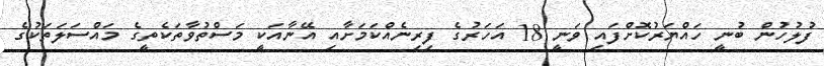
ފުލުހުން ބުނީ ހައްޔަރުކޮށްފައި ވަނީ 18 އަހަރުގެ ފިރިނެއްކަމަށާއި އޭނާއަކީ މަސްތުވާތަކެތީގެ މައްސަލަތަކުގެ